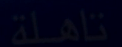
ناهلة